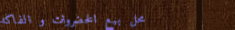
محل بيع الخضروات و الفاكه